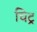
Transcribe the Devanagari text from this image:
चिट्र